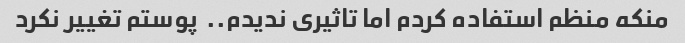
منکه منظم استفاده کردم اما تاثیری ندیدم..  پوستم تغییر نکرد